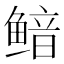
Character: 鿷